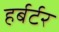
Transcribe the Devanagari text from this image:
हर्बर्टर